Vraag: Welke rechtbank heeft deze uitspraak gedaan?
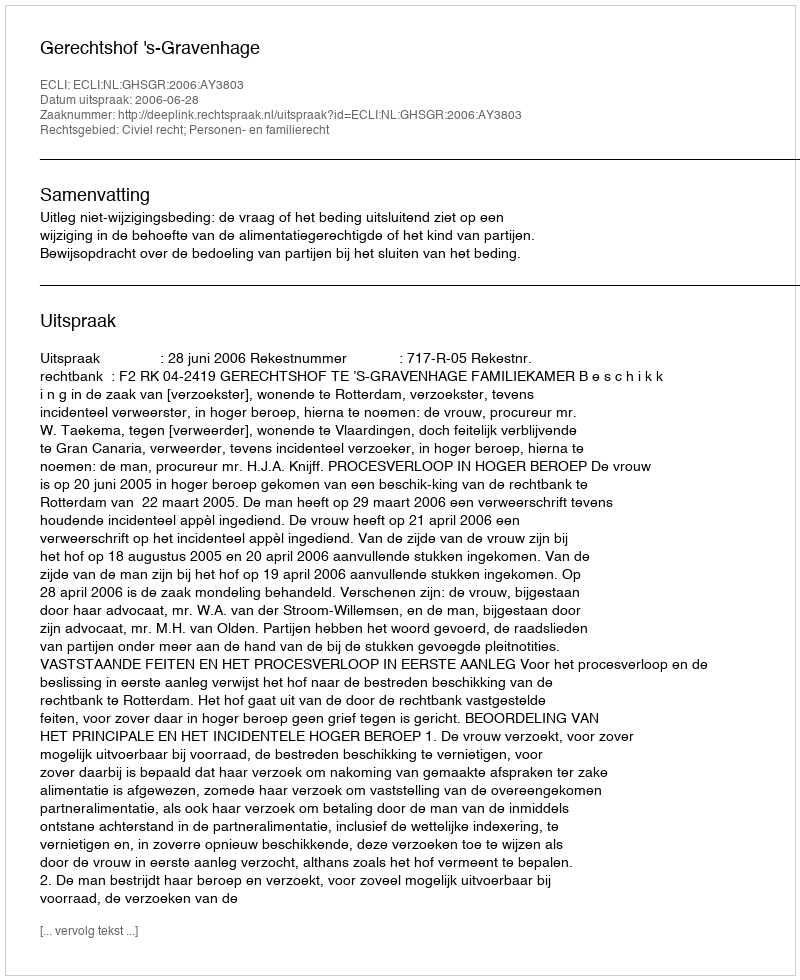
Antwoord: Gerechtshof 's-Gravenhage